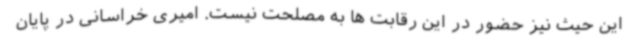
این حیث نیز حضور در این رقابت ها به مصلحت نیست. امیری خراسانی در پایان